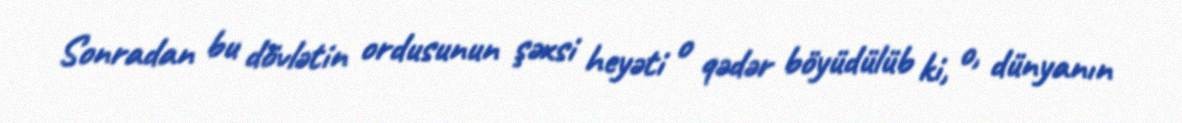
Sonradan bu dövlətin ordusunun şəxsi heyəti o qədər böyüdülüb ki, o, dünyanın